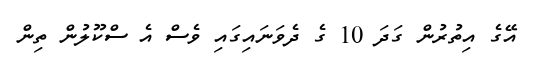
އޭގެ އިތުރުން ގަދަ 10 ގެ ދެވަނައިގައި ވެސް އެ ސްކޫލުން ތިން